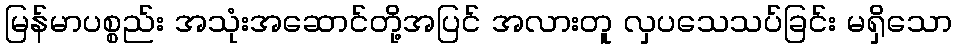
မြန်မာပစ္စည်း အသုံးအဆောင်တို့အပြင် အလားတူ လှပသေသပ်ခြင်း မရှိသော